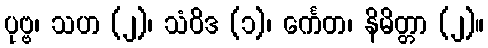
ပုဗ္ဗ၊ သဟ (၂)၊ သံဝိဒ (၁)၊ င်္ကေတ၊ နိမိတ္တာ (၂)။